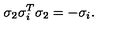
\sigma _ { 2 } \sigma _ { i } ^ { T } \sigma _ { 2 } = - \sigma _ { i } .